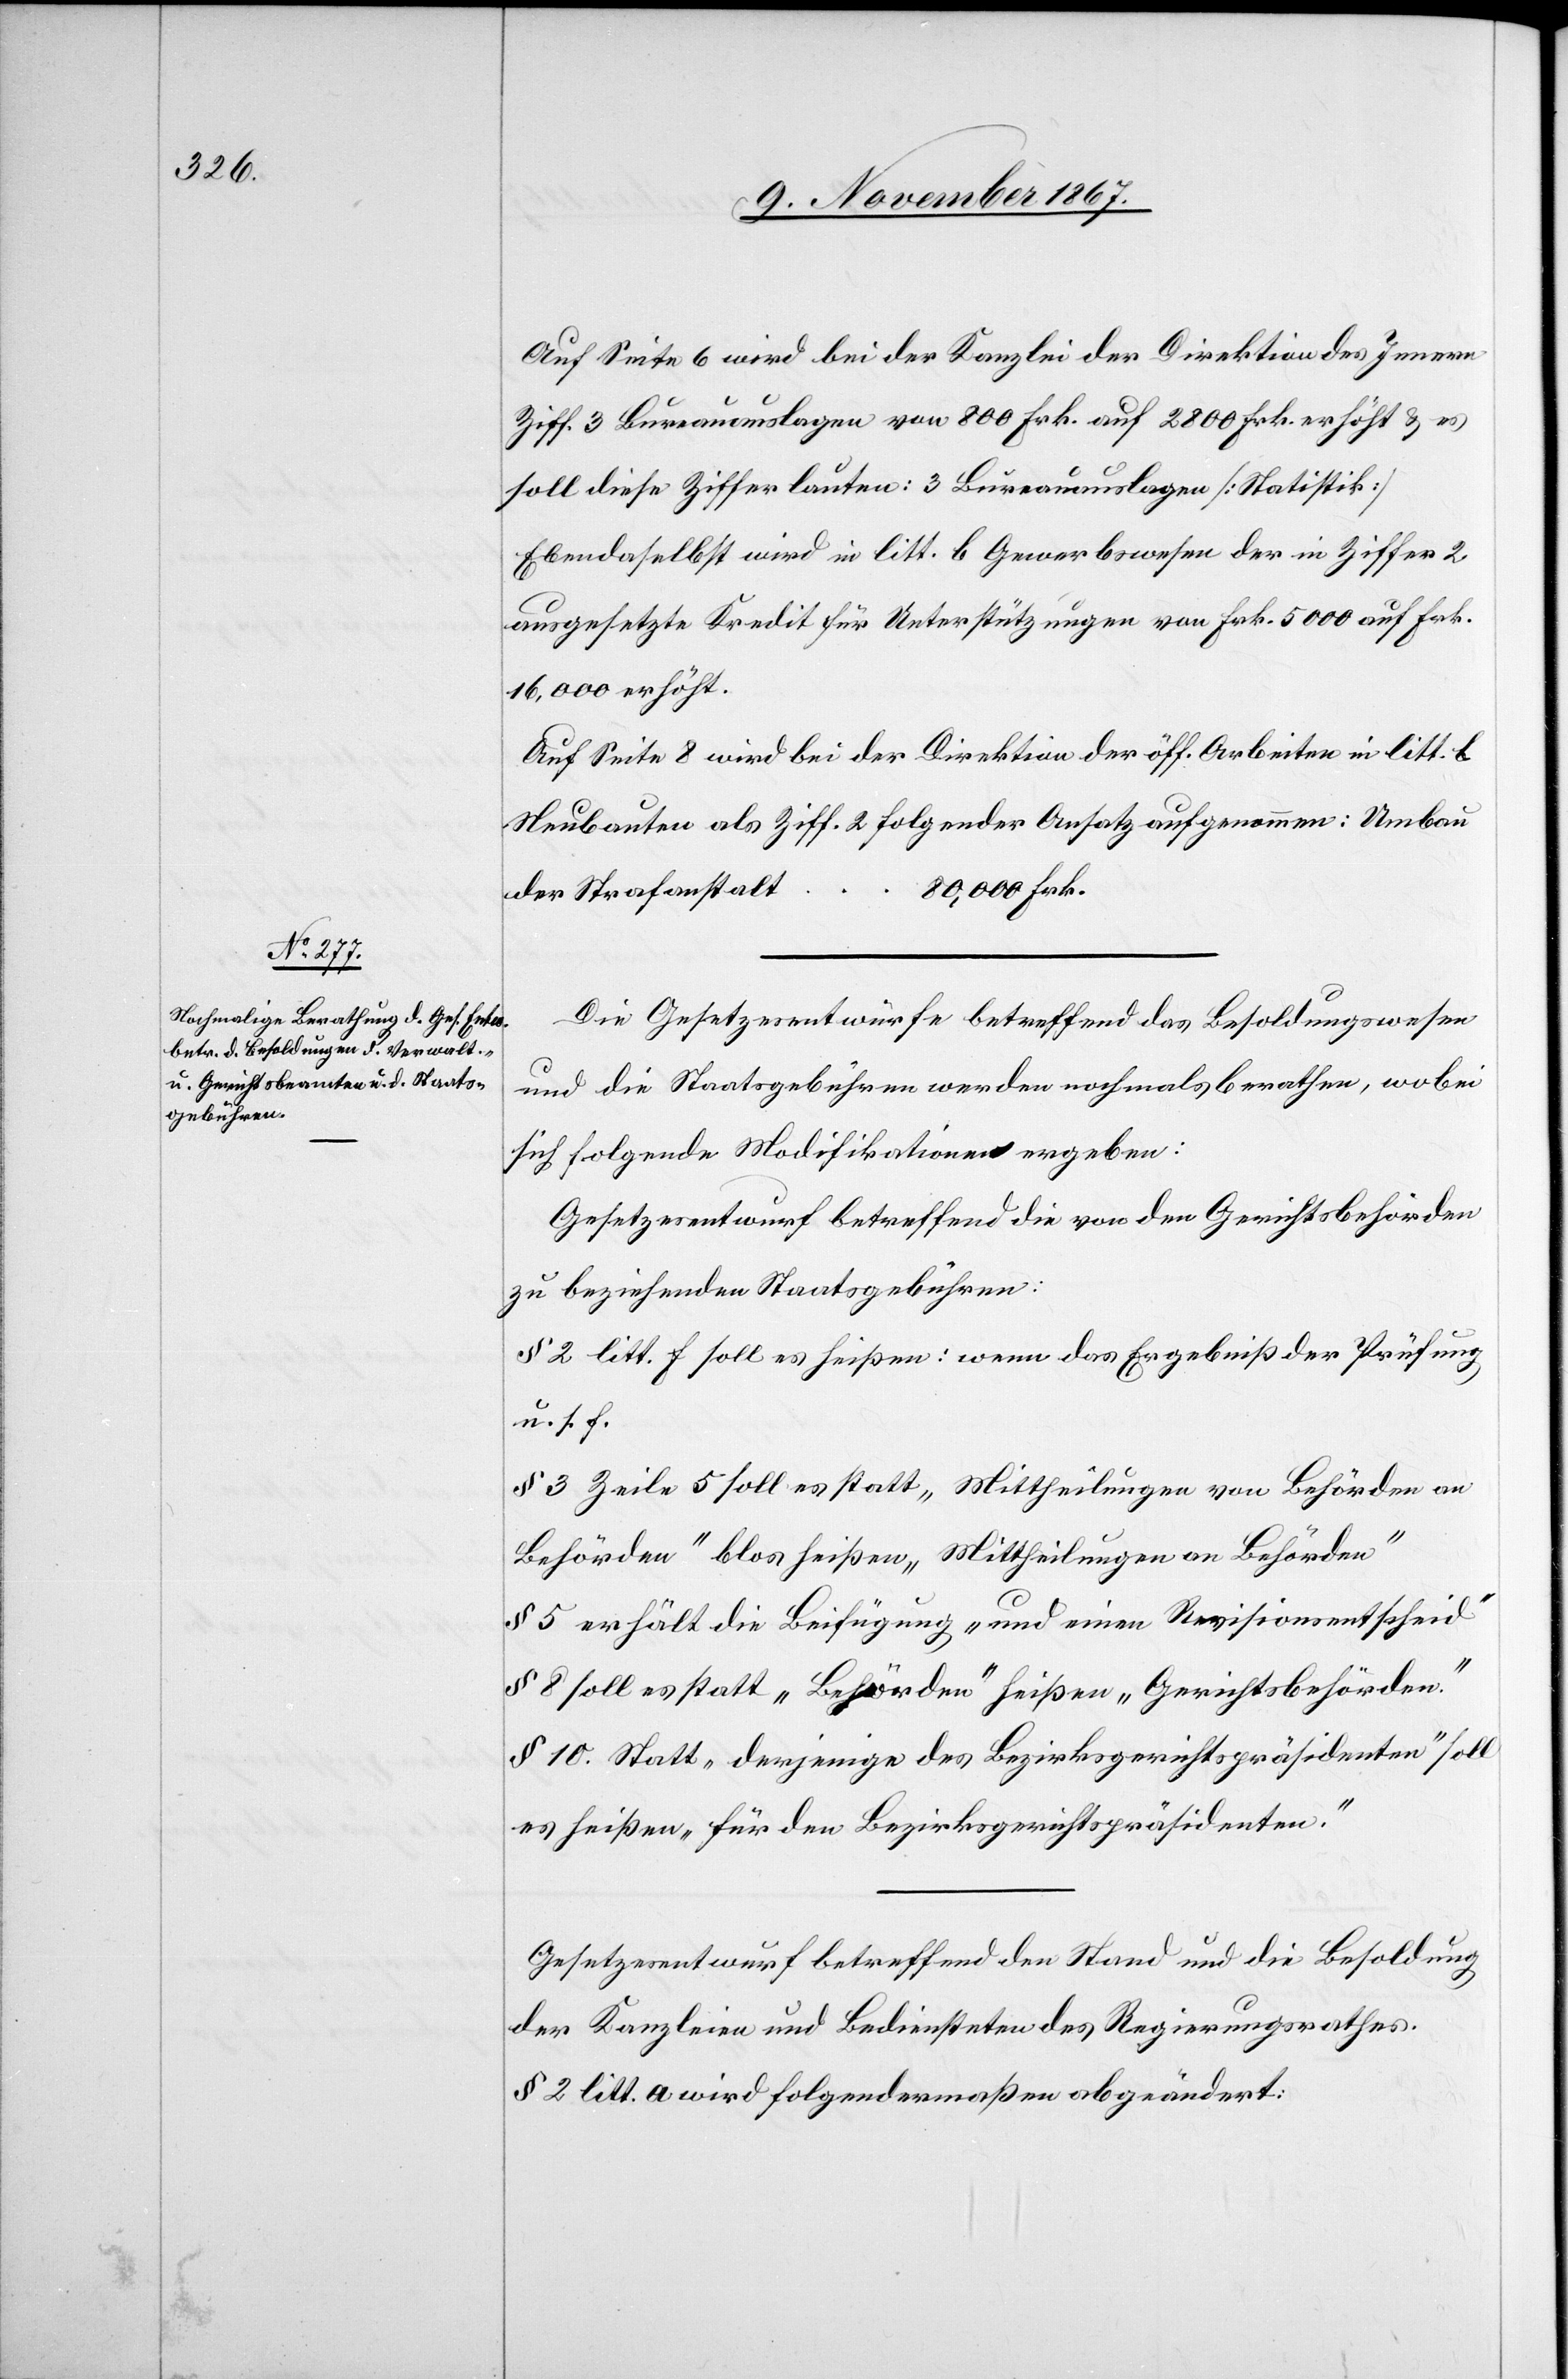
Auf Seite 6 wird bei der Kanzlei der Direktion des Innern
Ziff. 3 Bureauauslagen von 800 Frk. auf 2800 Frk. erhöht u. es
soll diese Ziffer lauten: 3 Bureauauslagen [Statistik].
Ebendaselbst wird in litt. b Gewerswesen der in Ziffer 2
ausgesetzte Kredit für Unterstützungen von Frk. 5000 auf Frk.
16 000 erhöht.
Auf Seite 8 wird bei der Direktion der öff. Arbeiten in litt. b
Neubauten als Ziff. 2 folgender Ansatz aufgenommen: Umbau
80 000 Frk.
der Strafanstalt
Die Gesetzesentwürfe betreffend das Besoldungswesen
und die Staatsgebühren werden nochmals berathen, wobei
sich folgende Modifikationen ergeben:
Gesetzesentwurf betreffend die von den Gerichtsbeamten
zu beziehenden Staatsgebühren:
§ 2 litt. f soll es heißen: wenn das Ergebniß der Prüfung
u. s. f.
§ 3 Zeile 5 soll es statt „Mittheilungen von Behörden an
Behörden“ blos heißen „Mittheilungen von Behörden“
§ 5 erhält die Beifügung „und einen Revisionsentscheid“
§ 8 soll es statt „Behörden“ heißen „Gerichtsbehörden.“
§ 10. Statt „derjenige des Bezirksgerichtspräsidenten“ soll
es heißen „für den Bezirksgerichtspräsidenten.“
Gesetzesentwurf betreffend den Stand und die Besoldung
der Kanzleien und Bediensteten des Regierungsrathes:
§ 2 litt. a wird folgendermaßen abgeändert: